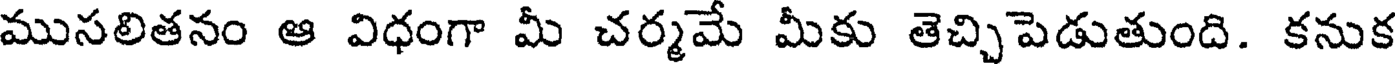
ముసలితనం ఆ విధంగా మీ చర్మమే మీకు తెచ్చిపెడుతుంది. కనుక